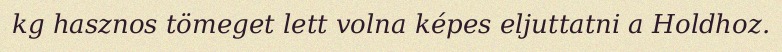
kg hasznos tömeget lett volna képes eljuttatni a Holdhoz.